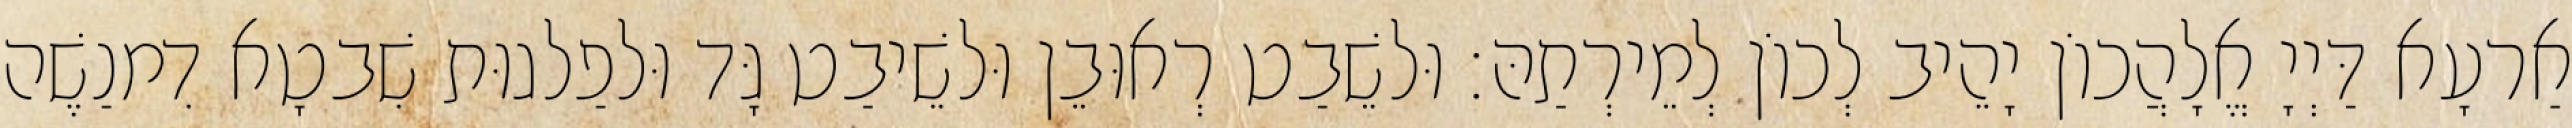
אַרעָא דַּיְיָ אֱלָהֲכוֹן יָהֵיב לְכוֹן לְמֵירְתַהּ׃ וּלשֵׁבַט רְאוּבֵן וּלשֵׁיבַט גָּד וּלפַלגוּת שִׁבטָא דִמנַשֶׁה